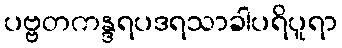
ပဗ္ဗတကန္ဒရပဒရသာခါပရိပူရာ